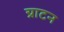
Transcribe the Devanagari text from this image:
ग्राटन